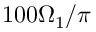
1 0 0 \Omega _ { 1 } / \pi